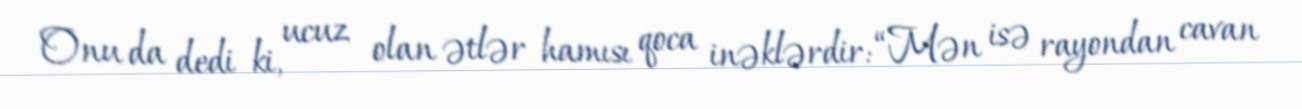
Onu da dedi ki, ucuz olan ətlər hamısı qoca inəklərdir: “Mən isə rayondan cavan